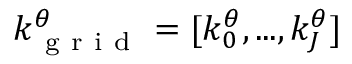
k _ { \mathrm { ~ g ~ r ~ i ~ d ~ } } ^ { \theta } = [ k _ { 0 } ^ { \theta } , . . . , k _ { J } ^ { \theta } ]